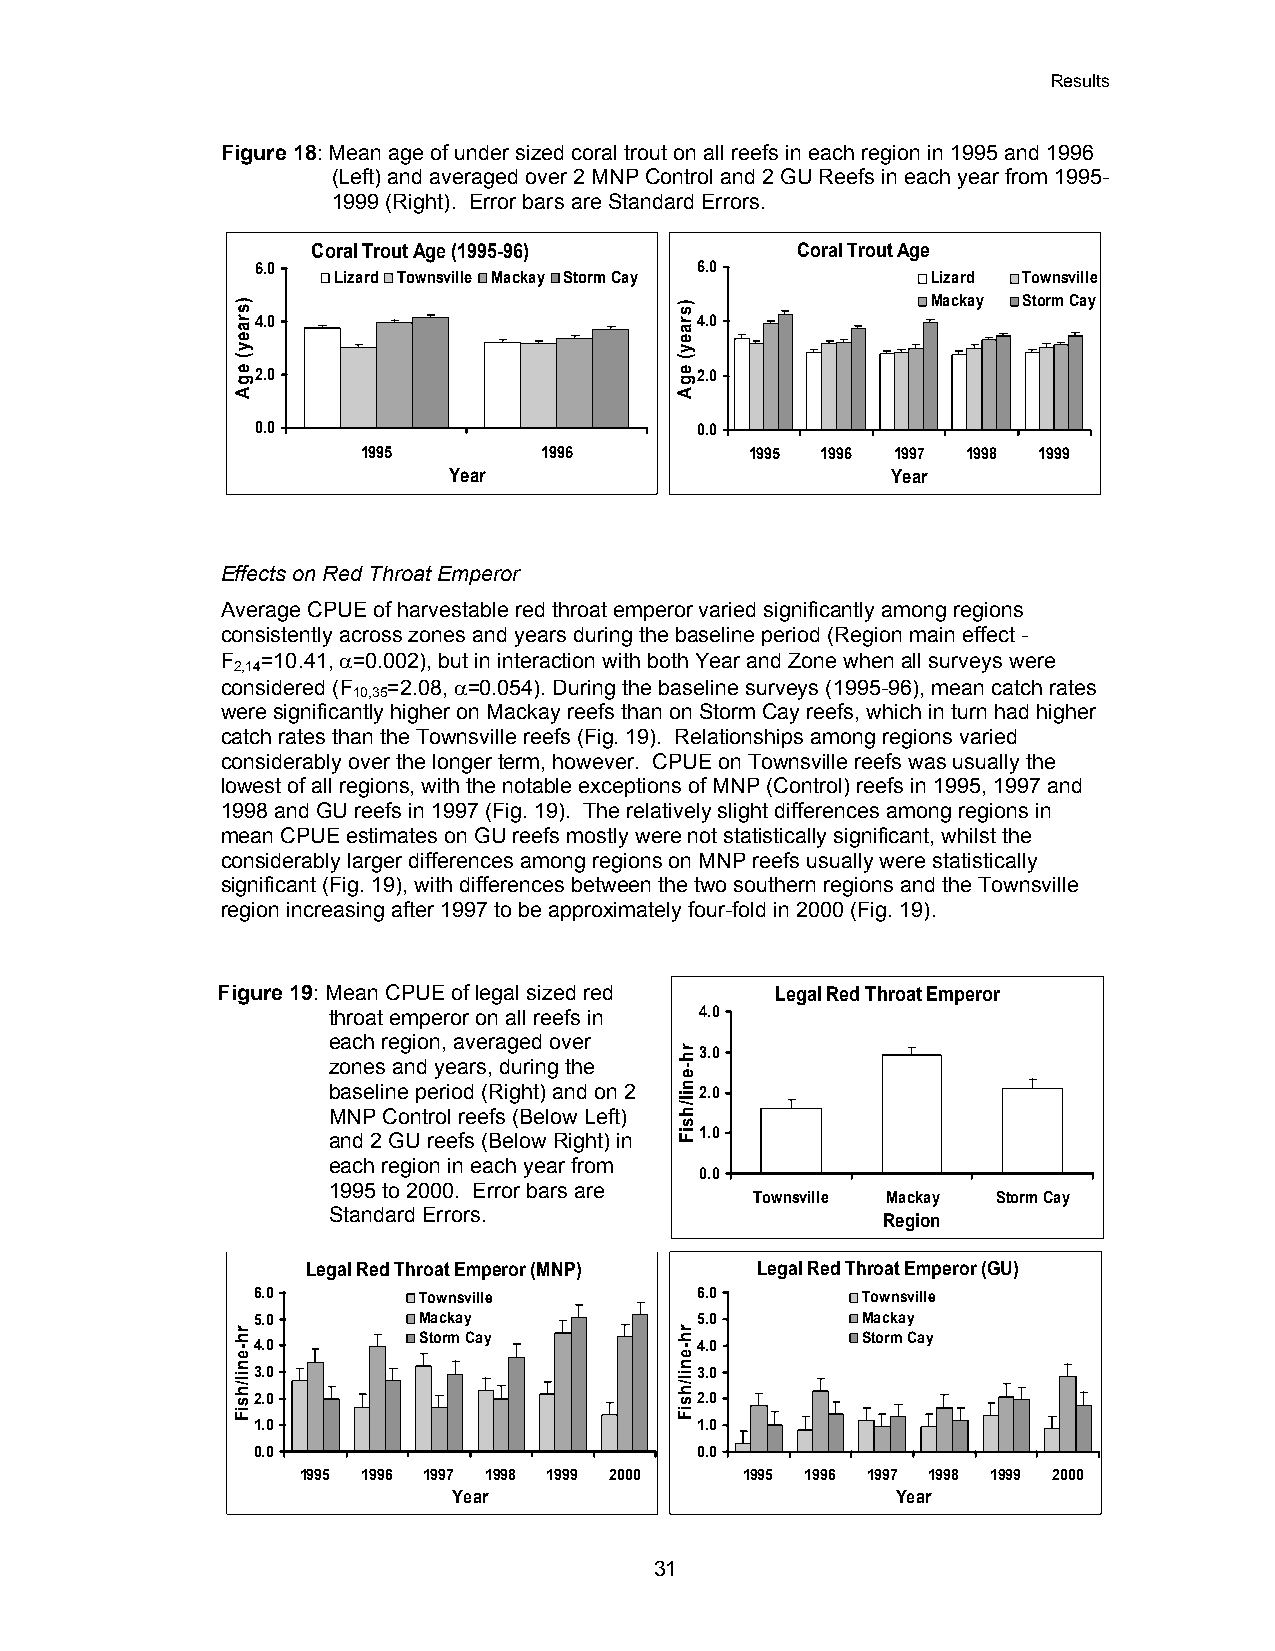
Results
 Figure 18: Mean age of under sized coral trout on all reefs in each region in 1995 and 1996
 (Left) and averaged over 2 MNP Control and 2 GU Reefs in each year from 1995-
 1999 (Right). Error bars are Standard Errors.
 Coral Trout Age (1995-96)       Coral Trout Age
 6.0                          6.0
 Lizard Townsville Mackay Storm Cay      Lizard Townsville
 Mackay Storm Cay
 4.0                          4.0
 2.0                          2.0
 0.0                          0.0
 1995        1996          1995 1996 1997 1998 1999
 Year                         Year
 Effects on Red Throat Emperor
 Average CPUE of harvestable red throat emperor varied significantly among regions
 consistently across zones and years during the baseline period (Region main effect -
 F =10.41, 0=0.002), but in interaction with both Year and Zone when all surveys were
 2,14
 considered (F =2.08, 0=0.054). During the baseline surveys (1995-96), mean catch rates
 10,35
 were significantly higher on Mackay reefs than on Storm Cay reefs, which in turn had higher
 catch rates than the Townsville reefs (Fig. 19). Relationships among regions varied
 considerably over the longer term, however. CPUE on Townsville reefs was usually the
 lowest of all regions, with the notable exceptions of MNP (Control) reefs in 1995, 1997 and
 1998 and GU reefs in 1997 (Fig. 19). The relatively slight differences among regions in
 mean CPUE estimates on GU reefs mostly were not statistically significant, whilst the
 considerably larger differences among regions on MNP reefs usually were statistically
 significant (Fig. 19), with differences between the two southern regions and the Townsville
 region increasing after 1997 to be approximately four-fold in 2000 (Fig. 19).
 Figure 19: Mean CPUE of legal sized red Legal Red Throat Emperor
 throat emperor on all reefs in 4.0
 each region, averaged over
 3.0
 zones and years, during the
 baseline period (Right) and on 2 2.0
 MNP Control reefs (Below Left)
 1.0
 and 2 GU reefs (Below Right) in
 each region in each year from
 0.0
 1995 to 2000. Error bars are
 Townsville Mackay Storm Cay
 Standard Errors.
 Region
 Legal Red Throat Emperor (MNP) Legal Red Throat Emperor (GU)
 6.0        Townsville        6.0        Townsville
 5.0        Mackay            5.0        Mackay
 Storm Cay                    Storm Cay
 4.0                          4.0
 3.0                          3.0
 2.0                          2.0
 1.0                          1.0
 0.0                          0.0
 1995 1996 1997 1998 1999 2000 1995 1996 1997 1998 1999 2000
 Year                         Year
 31
 )sraey(
 eg
 A
 rh-enil/hsiF
 )sraey(
 egA
 rh-enil/hsiF
 rh-enil/hsiF